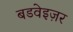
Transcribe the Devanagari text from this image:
बडवेइज़र